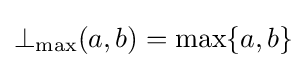
\bot _{\mathrm {max} }(a,b)=\max\{a,b\}